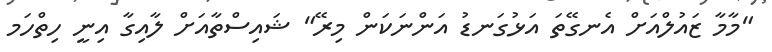
"މާމާ ޒައުލްއަށް އެނގޭތަ އަޅުގަނޑު އަންނަކަން މިރޭ" ޝައިސްތާއަށް ލާއިގާ އިނީ ހިތްހަމ